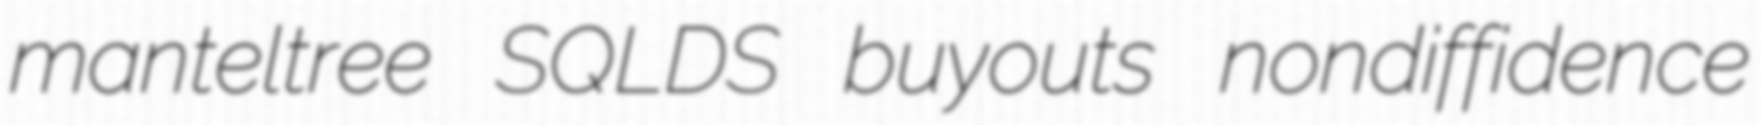
manteltree SQLDS buyouts nondiffidence